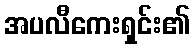
အပလီကေးရှင်း၏